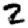
Digit: 2